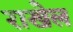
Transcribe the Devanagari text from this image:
राखेल